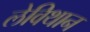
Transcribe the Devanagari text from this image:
लेविथान